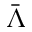
\Bar { \Lambda }